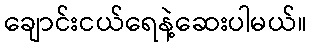
ချောင်းငယ်ရေနဲ့ဆေးပါမယ်။